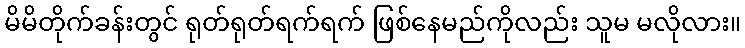
မိမိတိုက်ခန်းတွင် ရုတ်ရုတ်ရက်ရက် ဖြစ်နေမည်ကိုလည်း သူမ မလိုလား။